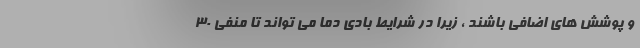
و پوشش های اضافی باشند ، زیرا در شرایط بادی دما می تواند تا منفی ۳۰